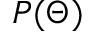
P ( \Theta )